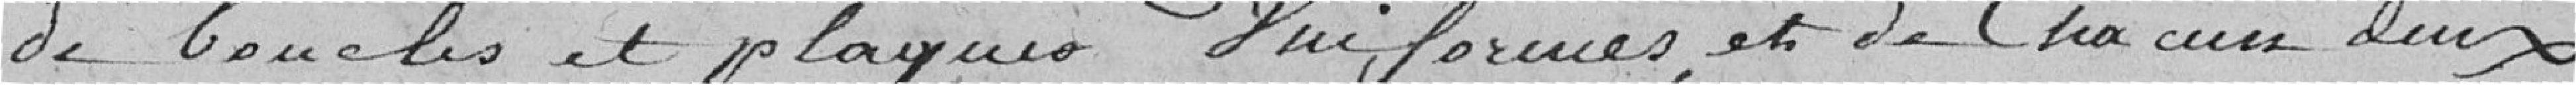
de boucles et plaques, uniformes, et de chacun d'eux